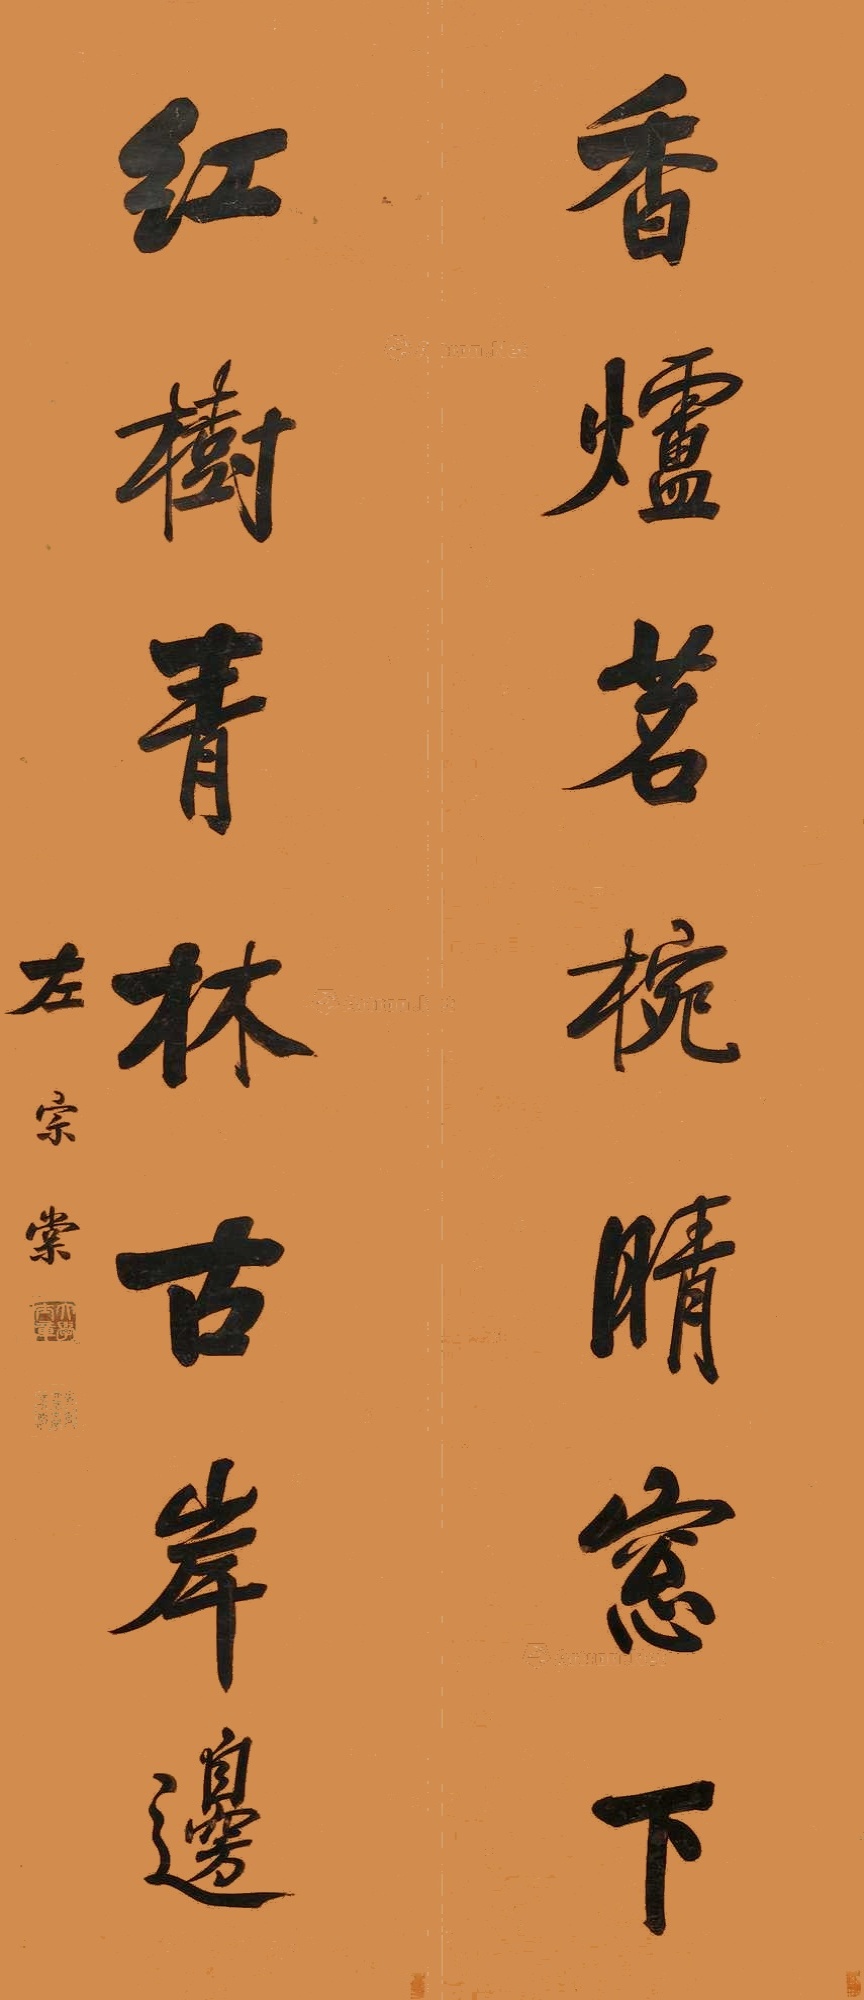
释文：香炉茗惋晴窗下，红树青林古岸边。左宗棠。